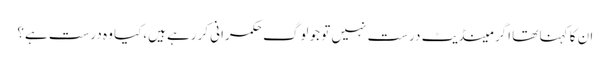
ان کا کہنا تھا اگر مینڈیٹ درست نہیں تو جو لوگ حکمرانی کررہے ہیں،کیا وہ درست ہے؟